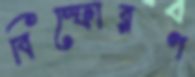
বিস্ফোরণ